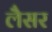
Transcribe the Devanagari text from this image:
लैसर